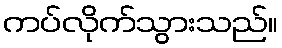
ကပ်လိုက်သွားသည်။